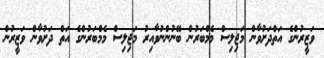
ވަޒީރުންގެ އަތްދަށުވާން މަޖިލިސް މެމްބަރުން ބޭނުންނުވާއިރު މަޖިލިސް މެމްބަރުންގެ އަތް ދަށުވާން ވަޒީރުން